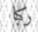
ركبا